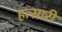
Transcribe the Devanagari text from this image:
हत्सारी